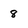
Character: 8